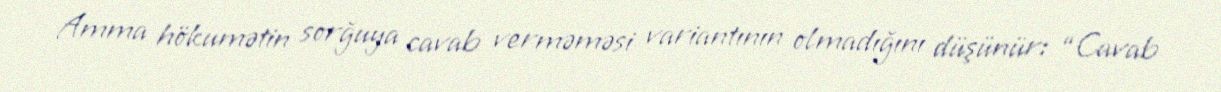
Amma hökumətin sorğuya cavab verməməsi variantının olmadığını düşünür: “Cavab